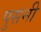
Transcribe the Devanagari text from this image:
पुसनी